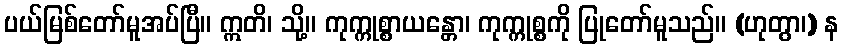
ပယ်မြစ်တော်မူအပ်ပြီ။ ဣတိ၊ သို့။ ကုက္ကုစ္စာယန္တော၊ ကုက္ကုစ္စကို ပြုတော်မူသည်။ (ဟုတွာ၊) န